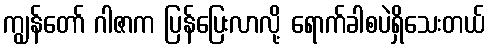
ကျွန်တော် ဂါဇာက ပြန်ပြေးလာလို့ ရောက်ခါစပဲရှိသေးတယ်